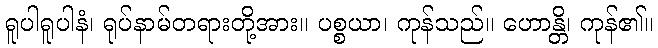
ရူပါရူပါနံ၊ ရုပ်နာမ်တရားတို့အား။ ပစ္စယာ၊ ကုန်သည်။ ဟောန္တိ၊ ကုန်၏။